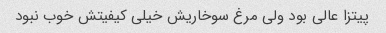
پیتزا عالی بود ولی مرغ سوخاریش خیلی کیفیتش خوب نبود